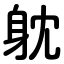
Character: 躭